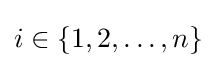
i\in \{1,2,\ldots ,n\}